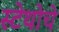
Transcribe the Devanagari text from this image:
स्टेथोचे